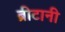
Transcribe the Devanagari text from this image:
ब्रीटानी